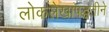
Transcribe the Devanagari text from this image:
लोकलेखापद्धतीने